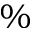
\%